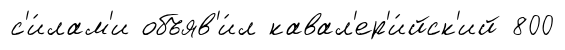
с'и́лам'и объяв'и́л кавал'ер'и́йск'ий 800